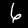
Digit: 6